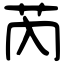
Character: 芮